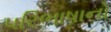
પરિભાષાનો